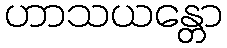
ဟာသယန္တော